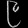
Digit: ၉